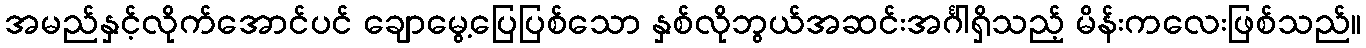
အမည်နှင့်လိုက်အောင်ပင် ချောမွေ့ပြေပြစ်သော နှစ်လိုဘွယ်အဆင်းအင်္ဂါရှိသည့် မိန်းကလေးဖြစ်သည်။